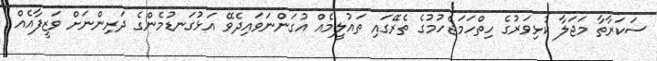
ސަކަރާތާ މަޖަލާ ކުޅިވަރުގެ ހިތްހަމަޖެހުމުގެ ތެރޭގައި ތައުލީމެއް އުގަންނަވައިދެވޭ އަޅުގަނޑުމެންގެ ދަރިންނަށް ވަޒީފާއެއް